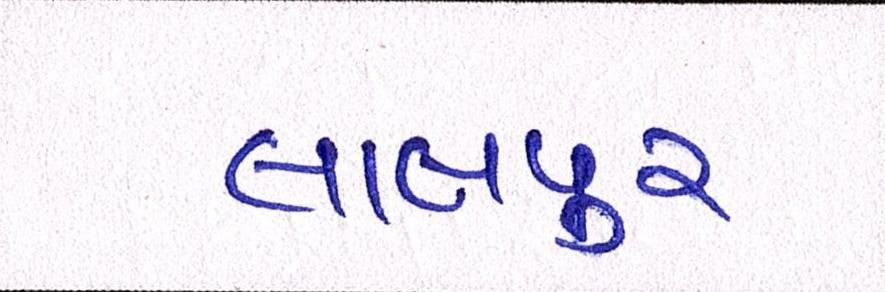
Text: લાલપુર